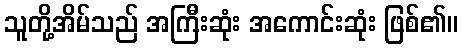
သူတို့အိမ်သည် အကြီးဆုံး အကောင်းဆုံး ဖြစ်၏။